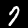
Digit: 7